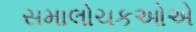
સમાલોચકઓએ